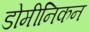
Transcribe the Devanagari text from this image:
डोमीनिकन